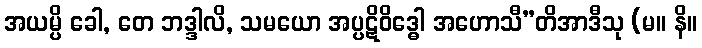
အယမ္ပိ ခေါ, တေ ဘဒ္ဒါလိ, သမယော အပ္ပဋိဝိဒ္ဓေါ အဟောသီ”တိအာဒီသု (မ။ နိ။